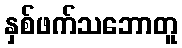
နှစ်ဖက်သဘောတူ